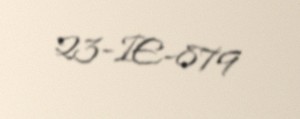
23-IE-879